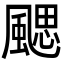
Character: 颸